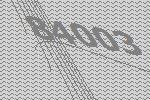
84003